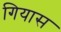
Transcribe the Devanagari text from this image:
गियास